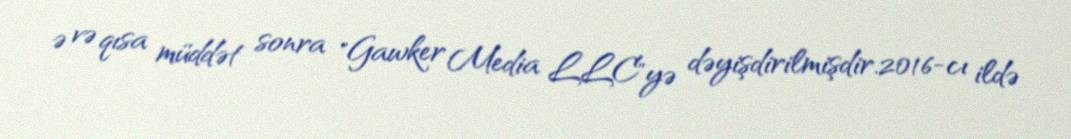
ə və qısa müddət sonra "Gawker Media LLC"yə dəyişdirilmişdir.2016-cı ildə